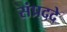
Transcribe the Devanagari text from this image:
संप्रददे